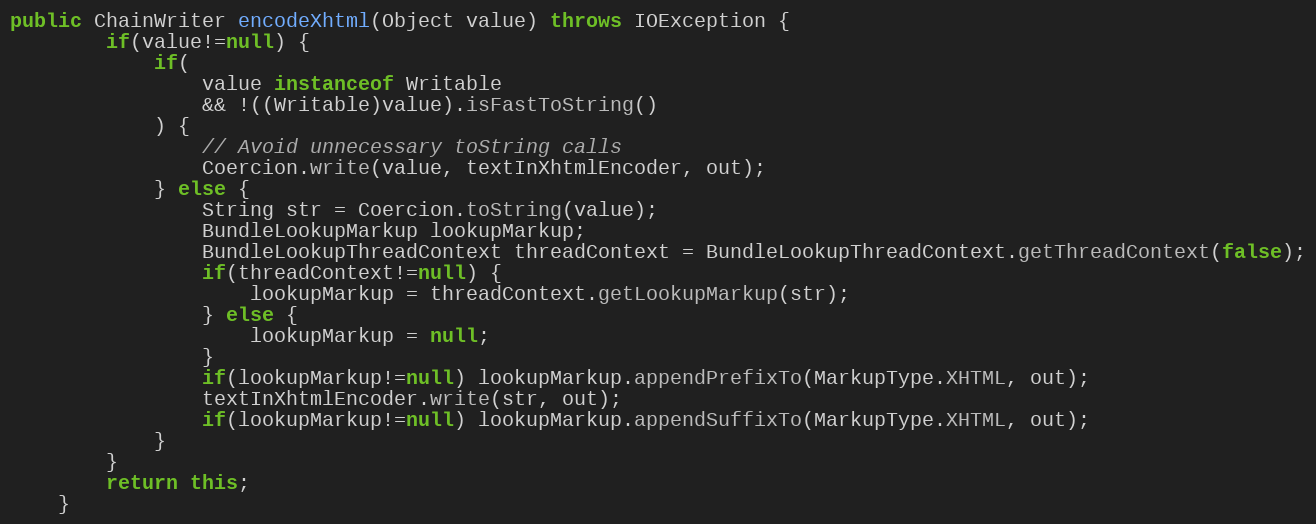
Language: Java
public ChainWriter encodeXhtml(Object value) throws IOException {
		if(value!=null) {
			if(
				value instanceof Writable
				&& !((Writable)value).isFastToString()
			) {
				// Avoid unnecessary toString calls
				Coercion.write(value, textInXhtmlEncoder, out);
			} else {
				String str = Coercion.toString(value);
				BundleLookupMarkup lookupMarkup;
				BundleLookupThreadContext threadContext = BundleLookupThreadContext.getThreadContext(false);
				if(threadContext!=null) {
					lookupMarkup = threadContext.getLookupMarkup(str);
				} else {
					lookupMarkup = null;
				}
				if(lookupMarkup!=null) lookupMarkup.appendPrefixTo(MarkupType.XHTML, out);
				textInXhtmlEncoder.write(str, out);
				if(lookupMarkup!=null) lookupMarkup.appendSuffixTo(MarkupType.XHTML, out);
			}
		}
		return this;
	}